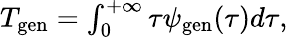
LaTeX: \begin{array}{r}{T_{\mathrm{gen}}=\int_{0}^{+\infty}{\tau\psi_{\mathrm{gen}}(\tau)d\tau},}\end{array}